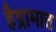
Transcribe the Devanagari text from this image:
हैद्रामात